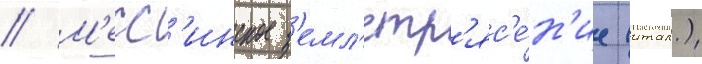
// М'есс'инское з'емл'етр'яс'е́н'ие (итал.)